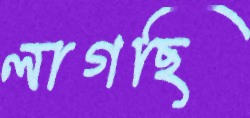
লাগছি